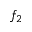
f _ { 2 }